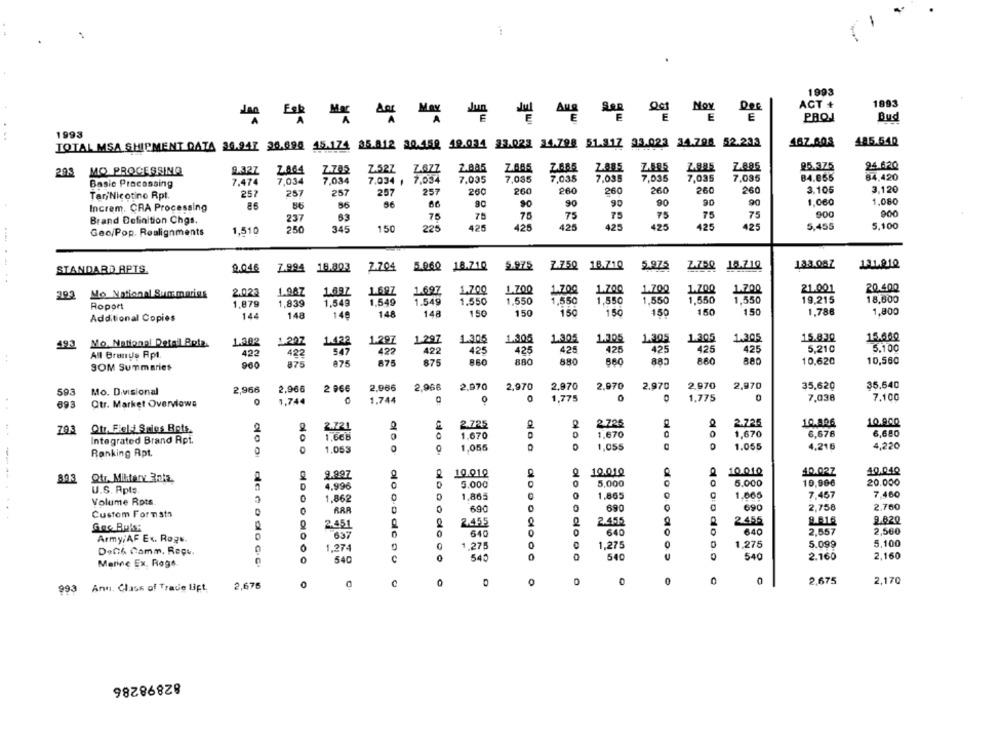
.
1993
ACT +
1893
DOE
Jan Fak Mac
E
E
E
PROJ
Bud
1993
485.54₽
TOTAL MSA SHIPMENT DATA 30.947 26.696 45.174 35.812 30.459 19.034 23.023 34.798 51.317 33.023 34.798 52.233
467.603
MO PROCESSIMG
9.327
ZA64
Z.785
Z.52Z Z.677
2.805
ZAR5
ZA85
Z.885
Z.885
95.375
24.620
2.98
7.034 , 7,034
7.035
7,035
7,035
7,035
7,035
7,035
7.035
84.855
84,420
Basic Processing
7,474
7,034
7,034
257
257
257
257
257
260
260
260
260
260
260
260
3.105
3,120
TariNicotine Rpt.
90
90
1,080
Increm, CRA Processing
66
90
90
90
90
1,060
63
75
75
75
75
75
75
75
75
900
900
Brand Definition Chgs.
237
1,510
250
345
150
225
420
425
425
425
425
425
425
5,455
5,100
Geo/Pop. Realignments
9.046 7.994 18.803
2.704
5.060 18.710
Z.750 18.710
5.975
Z.750
18.210
133.087
131.81º
STANDARD APTS.
.-..
1.697
1.700
1.700
1.700
1.700
1.700
1.700
1.700
21.001
20.400
393
Mo National Summering
2.023
1.987
1.697
1.697
Roport
1,879
1,839
1,549
1.549
1.549
1.550
1.550
1,550
1,550
1,550
1,550
1,550
19,215
18,600
150
150
150
150
150
1,788
1,800
Additional Copies
14
148
140
148
148
150
150
Mo. National Detall Pota.
1.302
1.207
1.297
1.297
1.305
1.305
1.305
1.305
1.305
1.305
1.305
15.830
15.660
493
1.422
422
422
425
42.
425
425
425
5,210
5.100
All Brands Rpt.
422
422
547
425
425
960
875
875
875
875
880
880
880
883
880
10.620
10,580
SOM Summaries
2.966
2.970
2,970
2,970
2,970
2.970
2,970
2,970
35,620
35.640
593
Mo. Divisional
2,966
2,966
2 966
2,966
1,744
1.744
0
1,775
1.775
0
7,038
7,100
693
Ctr. Market Overviews
2.725
2.726
2.725
10.806
10.900
793
Otr, Field Sties Bots.
2.721
1.668
1.670
1,670
1,670
6.676
6,680
Integrated Brand Rpt.
ala a
1,05$
1.065
4,216
4,220
Ranking Rpt.
1.053
0
1,056
9.997
10.012
2
10.010
10.010
40.027
40.040
893
Qtr. Miktery Roka
5.000
5,000
5.000
10,90€
20.000
U.S. Aplo
4,996
--...
1,862
0
1,865
0
1.865
1.065
7,457
7,460
Volume Rots.
Custom Formata
RAR
0
690
690
690
2,758
2.760
2.455
2.455
2.A16
9.820
2.451
2.455
637
640
CIO
640
do oo do
640
2,557
2,560
Army;AF Ex. Roge.
1,274
1.275
0
1,275
0
1,275
5.099
5,100
Dech Camm. Reçu.
0
545
540
0
540
2.160
2,160
Marine Ex. Rogs
do o de e o doc.c.
540
C
2,675
0
0
0
2.675
2,170
993 Anni. Class of Trade Ligt.
82898286